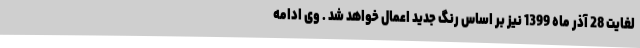
لغایت 28 آذر ماه 1399 نیز بر اساس رنگ جدید اعمال خواهد شد . وی ادامه